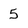
Character: 5